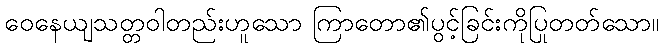
ဝေနေယျသတ္တဝါတည်းဟူသော ကြာတော၏ပွင့်ခြင်းကိုပြုတတ်သော။